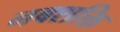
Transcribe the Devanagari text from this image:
नबशक्ति